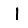
Digit: 1